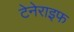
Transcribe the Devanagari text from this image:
टेनेराइफ